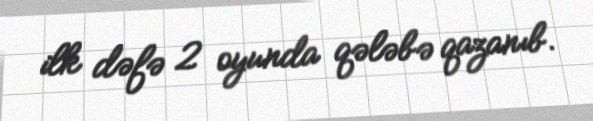
ilk dəfə 2 oyunda qələbə qazanıb.